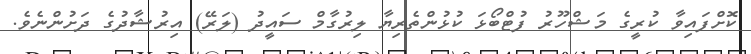
ކޮށްފައިވާ ކުރީގެ މަޝްހޫރު ފުޓްބޯޅަ ކުޅުންތެރިޔާ ލިރުގާމް ސައީދު (ލަރޭ) އިރުޝާދުގެ ދަށުންނެވެ.